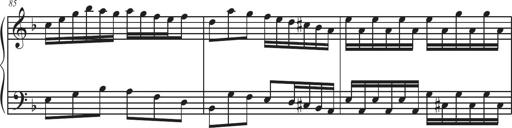
Title: Sonatina Espania
Composer: Jerald Franklin Archer
Key: Various